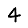
Digit: 4